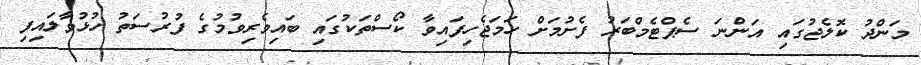
މަންދު ކޮލެޖުގައި އަންނަ ސެޕްޓެމްބަރު ފެށުމަށް ހަމަޖެހިފައިވާ ކޯސްތަކުގައި ބައިވެރިވުމުގެ ފުރުސަތު ހުޅުވާލައިފި